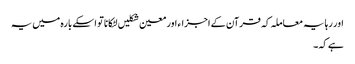
اور رہا یہ معاملہ کہ قرآن کے اجزاء اور معین شکلیں لٹکانا تو اسکے بارہ میں یہ
ہے کہ۔